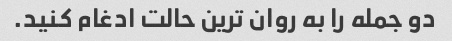
دو جمله را به روان ترین حالت ادغام کنید.